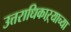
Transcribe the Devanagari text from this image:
उत्तराधिकाऱ्याच्या